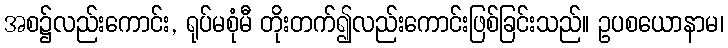
အစ၌လည်းကောင်း, ရုပ်မစုံမီ တိုးတက်၍လည်းကောင်းဖြစ်ခြင်းသည်။ ဥပစယောနာမ၊